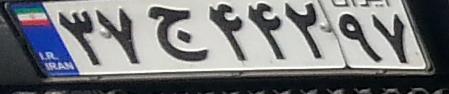
۳۷ج۴۴۲۹۷